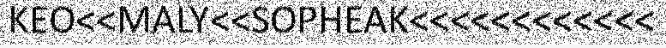
KEO<<MALY<<SOPHEAK<<<<<<<<<<<<